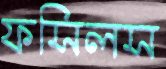
ফসিলস